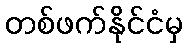
တစ်ဖက်နိုင်ငံမှ